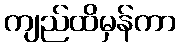
ကျည်ထိမှန်ကာ